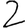
Digit: 2